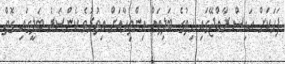
ފަހަކަށް އައިސް ރާއްޖޭގައި ހިތުގެ ބަލިތައް އިންތިހާއަށް އިތުރުވެ ކެންސަރު ބަލީގައި ގޮތް